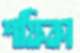
শফিকা